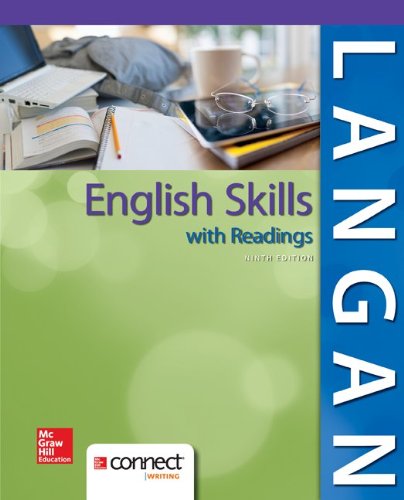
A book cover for English Skills with Readings; John Langan; Reference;